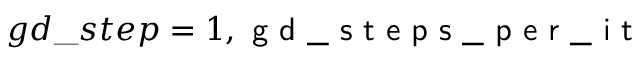
g d \_ s t e p = 1 , \textsf { g d \_ s t e p s \_ p e r \_ i t }